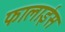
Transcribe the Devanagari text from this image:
फालाईस